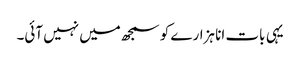
یہی بات انا ہزارے کو سمجھ میں نہیں آئی۔